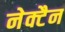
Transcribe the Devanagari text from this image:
नेक्टैन